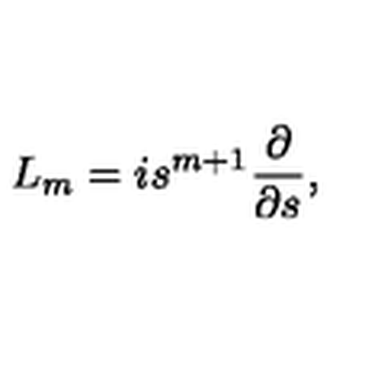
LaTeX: { L } _ { m } = i s ^ { m + 1 } \frac { \partial } { \partial s } ,